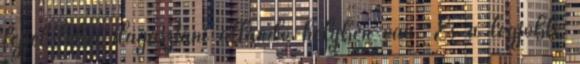
fejjel lehet dagasztani állandó helyben van. És a legjobb,